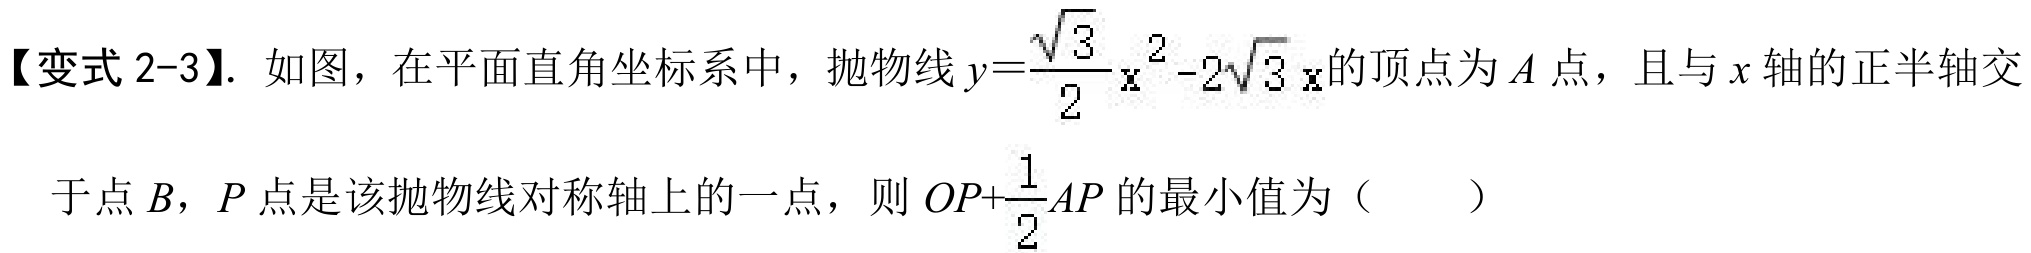
【变式 2-3】. 如图，在平面直角坐标系中，抛物线\(y = \dfrac{\sqrt{3}}{2}x^{2}-2\sqrt{3}x\)的顶点为\(A\)点，且与\(x\)轴的正半轴交于点\(B\)，\(P\)点是该抛物线对称轴上的一点，则 \(OP+\dfrac{1}{2}AP\)的最小值为（  ）